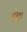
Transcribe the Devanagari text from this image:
पंथ।